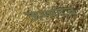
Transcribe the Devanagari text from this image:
जम्भदेव